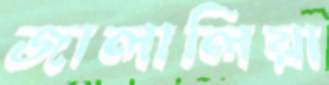
জালালিয়া